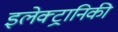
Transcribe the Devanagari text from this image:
इलेक्‍ट्रानिकी